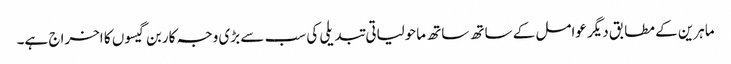
ماہرین کے مطابق دیگر عوامل کے ساتھ ساتھ ماحولیاتی تبدیلی کی سب سے بڑی وجہ کاربن گیسوں کا اخراج ہے۔